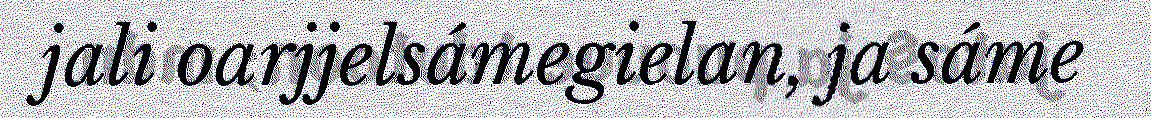
jali oarjjelsámegielan, ja sáme